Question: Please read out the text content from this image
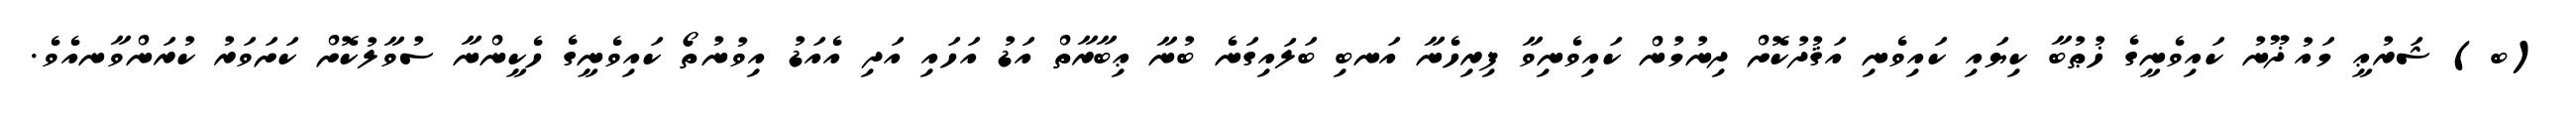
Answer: (ބ) ޝަރުޢީ މައުޛޫނު ކައިވެނީގެ ޚުޠުބާ ކިޔައި ކައިވެނި އަޤުދުކޮށް ދިނުމުން ކައިވެނިވާ ފިރިހެނާ އަނބި ބަލައިގަނެ ބުނާ ޢިބާރާތް އަޑު އަހައި އަދި އެއަޑު އިވުނުތޯ ކައިވެނީގެ ހެކީންނާ ސުވާލުކޮށް ކަށަވަރު ކުރަންވާނއެވެ.